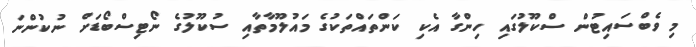
މި ވެބްސައިޓުން ސްކޫލުގައި ހިންގާ އެކި ކަންތައްތަކުގެ މައުލޫމާތާއި ސުކޫލުގެ ނޯޓިސްބޯޑަށް ނުކުންނަ